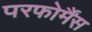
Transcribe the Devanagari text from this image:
परफोर्मैंस